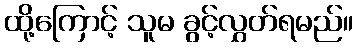
ထို့ကြောင့် သူမ ခွင့်လွှတ်ရမည်။